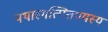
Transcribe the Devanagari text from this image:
यथास्मत्पित्तण्यस्य